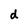
Character: d